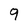
Character: 9